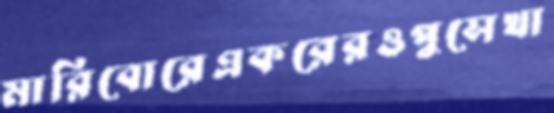
মারিবোরেএকরেরওপুসেখা